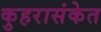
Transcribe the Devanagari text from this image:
कुहरासंकेत